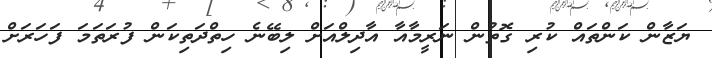
ޔަޒާން ކަންތައް ކުރި ގޮތުން ނަރީމާއާ އާދިލްއަށް ލިބޭނެ ހިތްދަތިކަން ފުރަތަމަ ފަހަރަށް